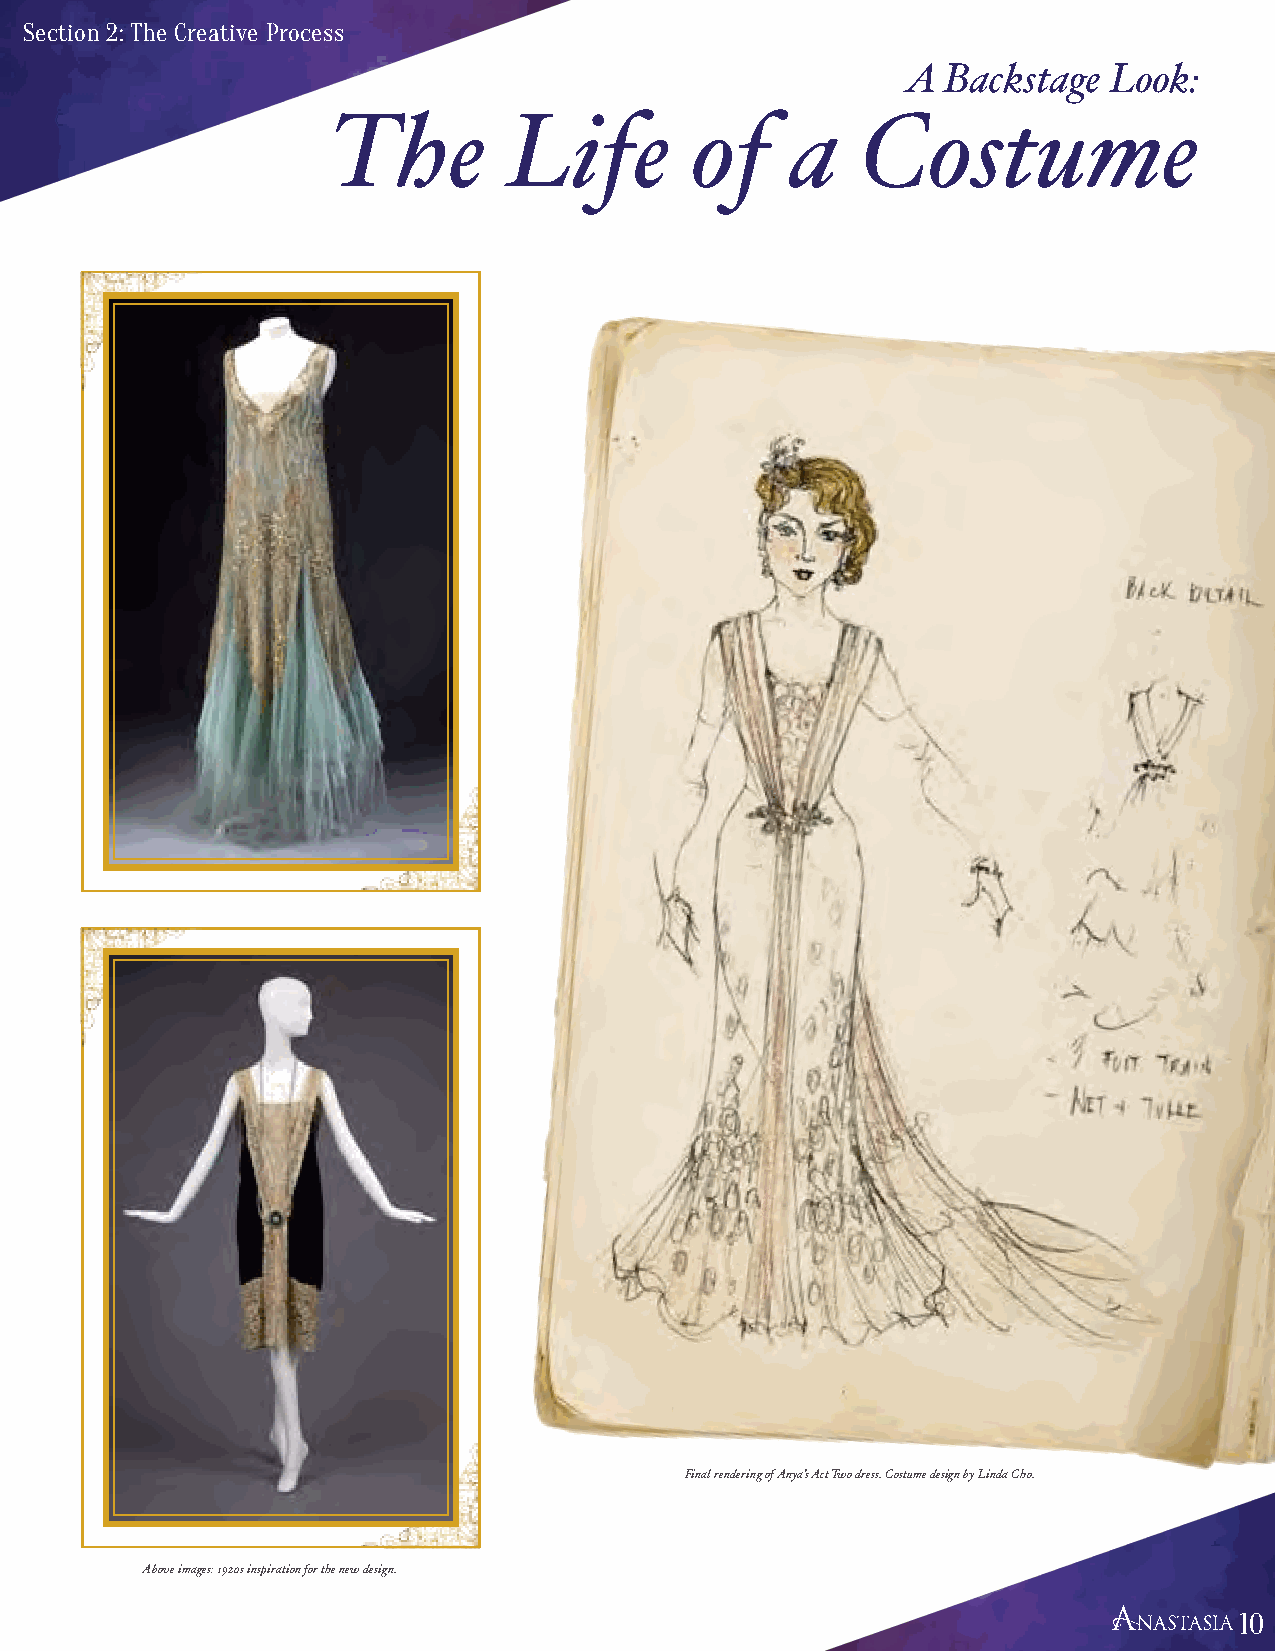
Section 2: The Creative Process
 A  Backstage Look:
 The         Life        of    a    Costume
 Final rendering of Anya’s Act Two dress. Costume design by Linda Cho.
 Above images: 1920s inspiration for the new design.
 10